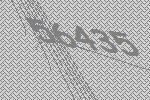
56435